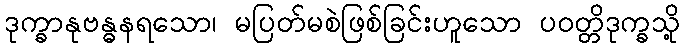
ဒုက္ခာနုဗန္ဓနရသော၊ မပြတ်မစဲဖြစ်ခြင်းဟူသော ပဝတ္တိဒုက္ခသို့